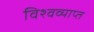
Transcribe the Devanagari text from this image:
विश्वव्याप्त